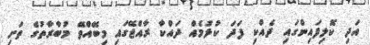
އަދި ކޮލިފައިންގައި ދެއްކި ފަދަ ކުޅުމެއް ދައްކާ ރާއްޖޭގައި މިބޭއްވޭ މުބާރާތުގެ ތަށި